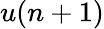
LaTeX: u(n+1)